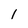
Character: 1